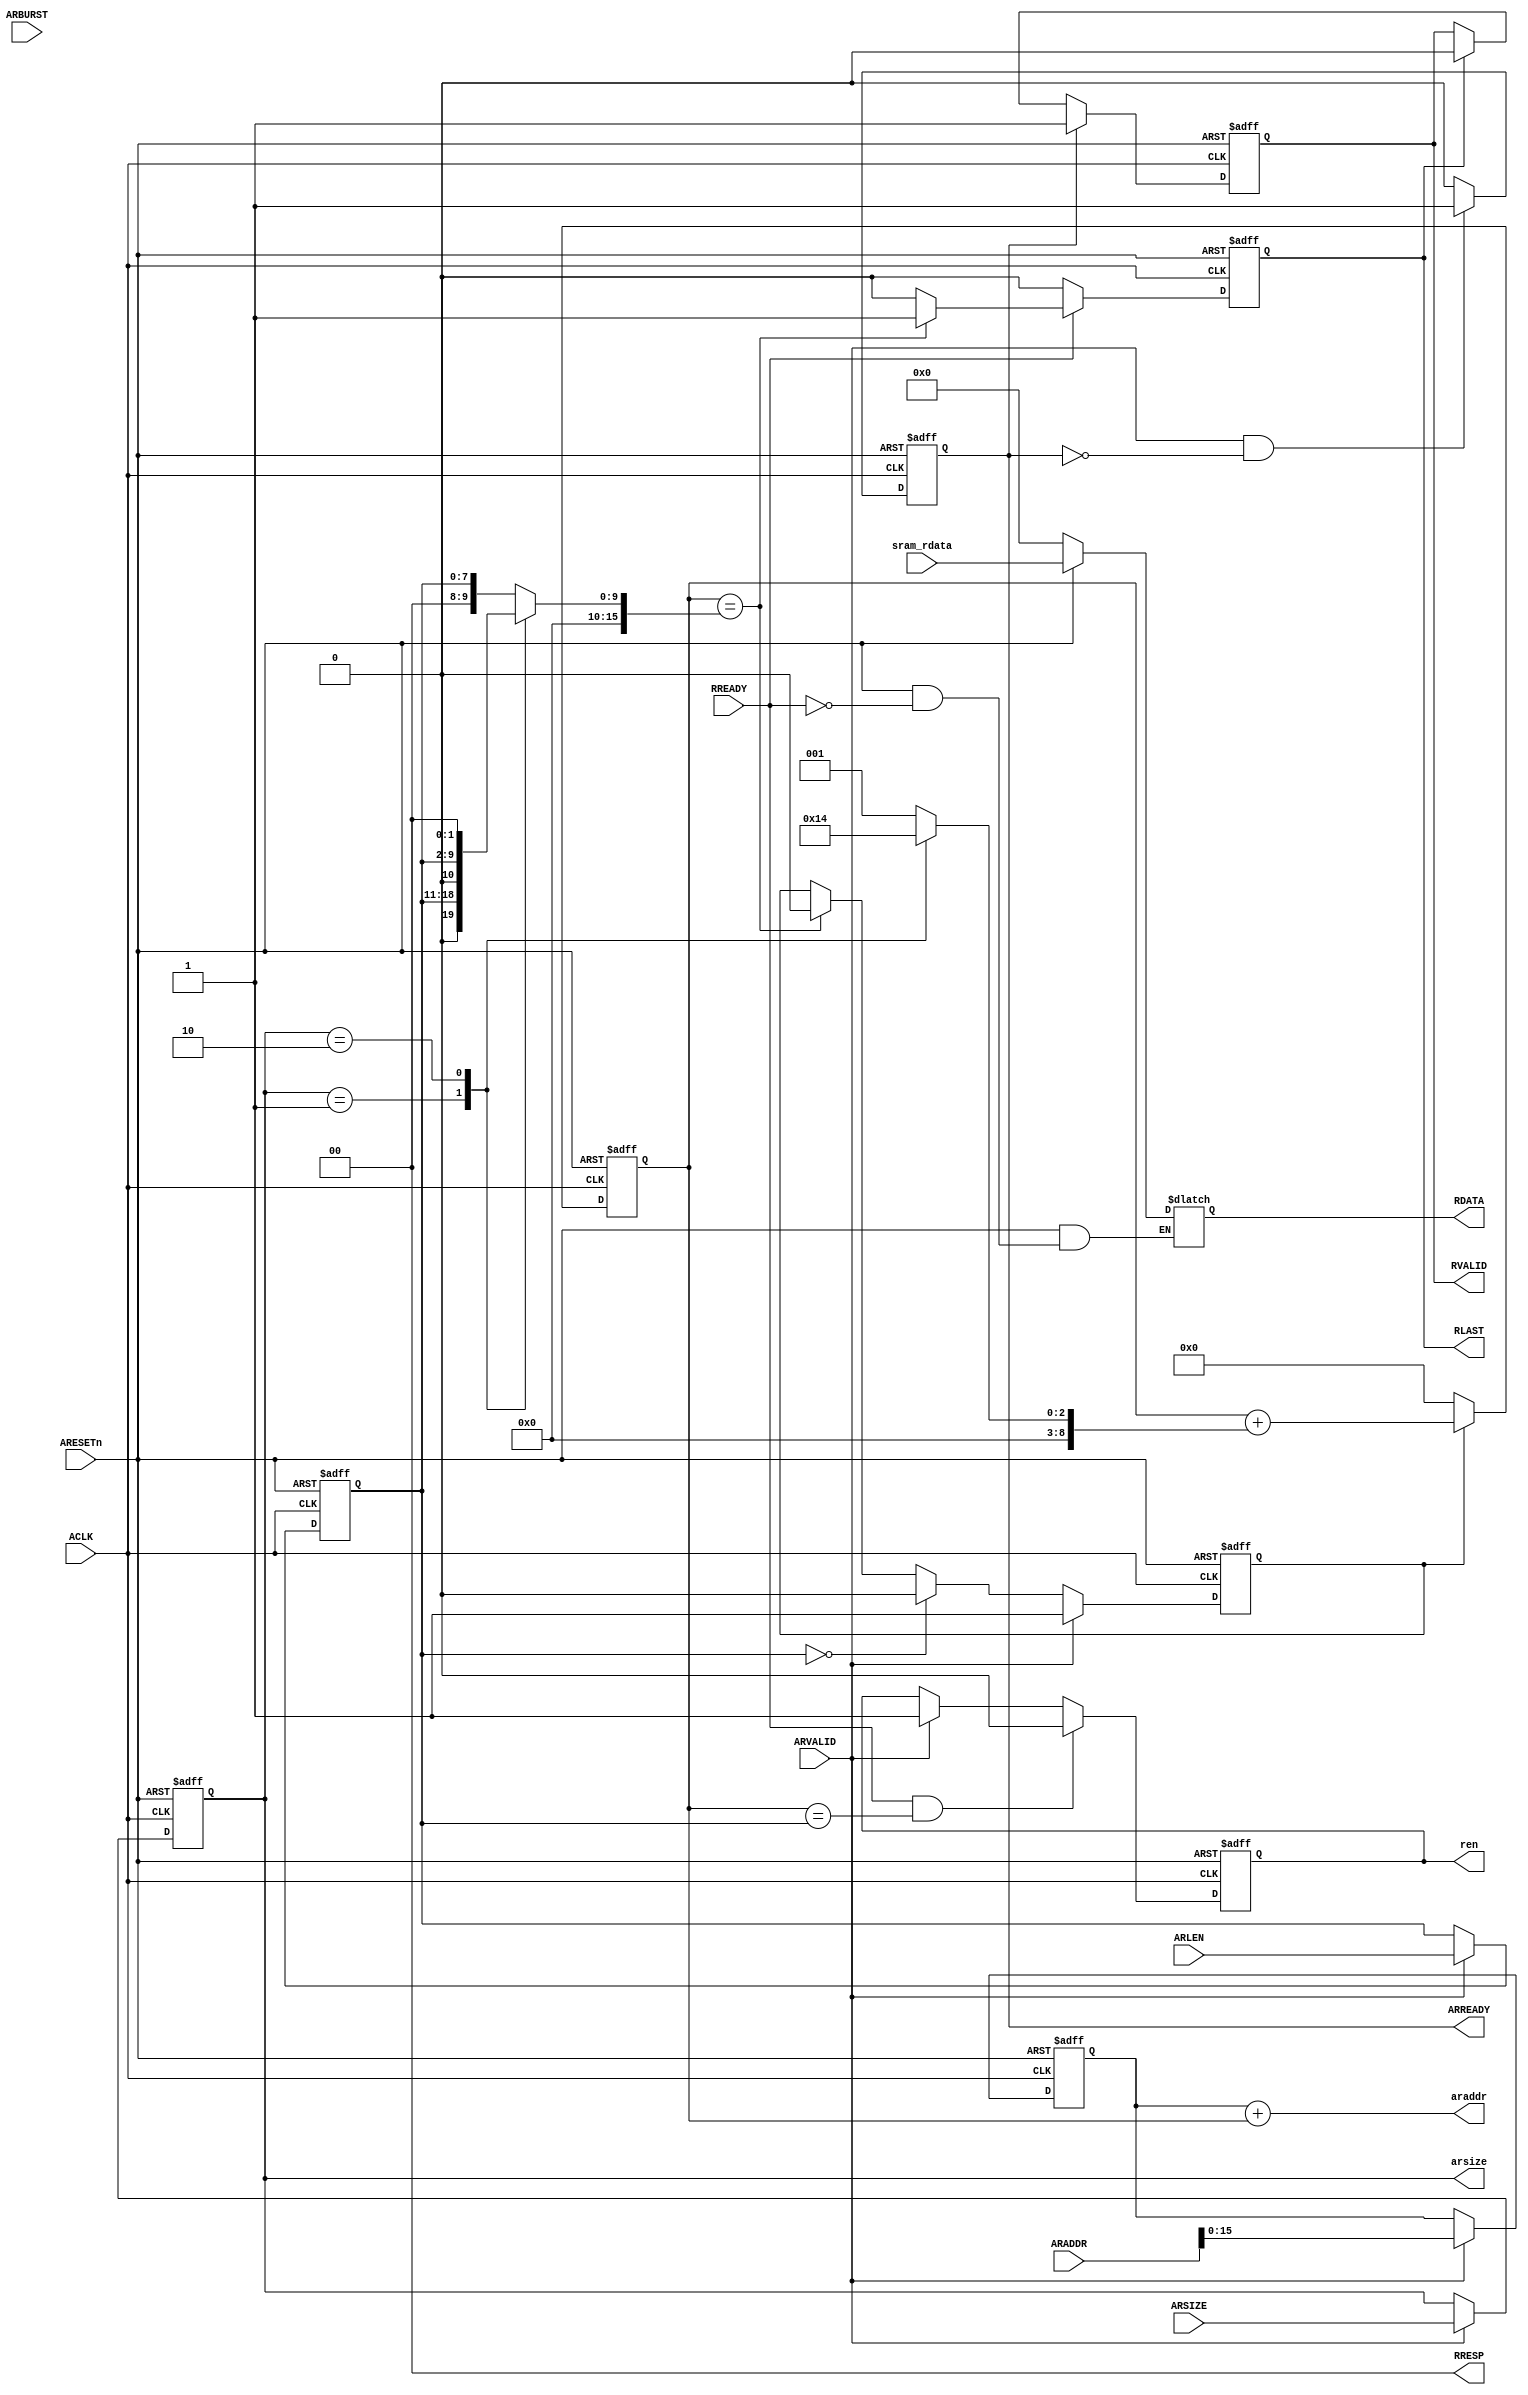
module axi_r_channel#(
    parameter DATA_WIDTH = 32,
    parameter ADDR_WIDTH = 32,
    parameter ID_WIDTH    = 4,
    parameter STRB_WIDTH  = (DATA_WIDTH/8)    //STRB位宽
)(
    /********* clock & reset *********/
	input                       ACLK,
	input      	                ARESETn,
	/******** AXI ********/
	//address                
//	input	   [ID_WIDTH-1:0]   ARID,
	input	   [ADDR_WIDTH-1:0] ARADDR,
	input	   [7:0]            ARLEN,
	input	   [2:0]	        ARSIZE,
	input	   [1:0]	        ARBURST,
	input	  	                ARVALID,
	output reg	                ARREADY,
	//data                
//	output reg [ID_WIDTH-1:0]	RID,
	output reg [DATA_WIDTH-1:0]	RDATA,
	//no single channel
	output reg [1:0]	        RRESP,
	output reg	                RLAST,
	output reg                  RVALID,
	input	 	                RREADY,
	/********** sram **********/
    input      [31:0]	        sram_rdata,
	output reg					ren,
	output reg [2:0]			arsize,
	output reg [15:0]			araddr
);  

    //=========================================================
    //常量定义
    parameter   TCO     =   0;  //寄存器延时

	//=========================================================
    //中间信号
	reg	[15:0]	araddr_start;	//起始地址
	reg	[15:0]	araddr_stop;	//终止地址（不加起始地址）
	reg	[15:0]	araddr_cnt;		//地址计数器
	reg	[8:0]	araddr_step;	//地址步进长度
	reg			araddr_cnt_flag;//地址累加标志
	reg [7:0]	arlen;			//awlen


    //======================================================================
    //握手

	//----------------------------------------------------------------------
    //ARREADY响应
	always@( posedge ACLK, negedge ARESETn)begin
		if(!ARESETn)
			ARREADY	<= #TCO 0;
		else if(ARVALID&&!ARREADY)
			ARREADY <= #TCO 1;
		else
			ARREADY	<= #TCO 0;
	end

	//----------------------------------------------------------------------
    //RVALID输出
	always@(posedge ACLK, negedge ARESETn)begin
		if(!ARESETn)
			RVALID	<= #TCO 0;
		else if(ARREADY)
			RVALID	<= #TCO 1;
		else if(RLAST)
			RVALID	<= #TCO 0;
		else
			RVALID	<= #TCO RVALID;
	end

    //======================================================================
    //参数寄存	
	always@(posedge ACLK, negedge ARESETn)begin
		if(!ARESETn)begin
			araddr_start	<= #TCO 0;
			arlen			<= #TCO 0;
			arsize			<= #TCO 0;
		end
		else if(ARVALID)begin
			araddr_start	<= #TCO ARADDR[15:0];	//起始地址寄存
			arlen			<= #TCO ARLEN;			//突发长度寄存
			arsize			<= #TCO ARSIZE;			//数据宽度寄存
		end
		else begin
			araddr_start	<= #TCO araddr_start;
			arlen			<= #TCO arlen;
			arsize			<= #TCO arsize;
		end
	end


	//----------------------------------------------------------------------
    //RLAST输出
	always@(posedge ACLK, negedge ARESETn)begin
		if(!ARESETn)
			RLAST	<= #TCO 0;
		else if(RREADY)
			if(araddr_cnt==araddr_stop)
				RLAST	<= #TCO 1;
			else
				RLAST	<= #TCO 0;
		else
			RLAST	<= #TCO 0;
	end

	//======================================================================
    //读地址累加
	//assign	araddr_step	= 2**arsize;        	//计算步进
	always@(*) begin
		case(arsize)
			3'h0:	araddr_step = 16'h1;
			3'h1:	araddr_step = 16'h2;
			3'h2:	araddr_step = 16'h4;
			default:araddr_step = 16'h1;
		endcase
	end

	//assign	araddr_stop = arlen*araddr_step;	//计算步进次数
	always@(*) begin
		case(arsize)
			3'h0:	araddr_stop = {8'h0,arlen};
			3'h1:	araddr_stop = {7'h0,arlen,1'b0};
			3'h2:	araddr_stop = {6'h0,arlen,2'b0};
			default:araddr_stop = {8'h0,arlen};
		endcase
	end

	always@(posedge ACLK, negedge ARESETn)begin
		if(!ARESETn)
			araddr_cnt_flag	<= #TCO 0;
		else if(ARVALID)
			araddr_cnt_flag	<= #TCO 1;
		else if(arlen==0)
			araddr_cnt_flag	<= #TCO 0;
		else if(araddr_cnt==araddr_stop)
			araddr_cnt_flag	<= #TCO 0;
	end

	always@(posedge ACLK, negedge ARESETn)begin
		if(!ARESETn)
			araddr_cnt	<= #TCO 0;
		else if(araddr_cnt_flag)
			araddr_cnt	<= #TCO araddr_cnt + araddr_step;
		else
			araddr_cnt	<= #TCO 0;
	end


    //======================================================================
    //输出信号
	
	//----------------------------------------------------------------------
    //使能
	always@(posedge ACLK, negedge ARESETn)begin
		if(!ARESETn)
			ren	<= #TCO 0;
		else if(RREADY&&(araddr_cnt==arlen))
			ren	<= #TCO 0;
		else if(ARVALID)
			ren	<= #TCO 1;
		else
			ren	<= #TCO ren;
	end


	//----------------------------------------------------------------------
    //读地址

	always@(*) begin
		araddr = araddr_start + araddr_cnt;
	end

//	//----------------------------------------------------------------------
//    //读数据
//	always@(posedge ACLK, negedge ARESETn)begin
//		if(!ARESETn)
//			RDATA	<= #TCO 0;
//		else if(RREADY)
//			RDATA	<= #TCO sram_rdata;
//		else
//			RDATA	<= #TCO RDATA;
//	end
	//----------------------------------------------------------------------
    //读数据
	always@(*)begin
		if(!ARESETn)
			RDATA	= #TCO 0;
		else if(RREADY)
			RDATA	= #TCO sram_rdata;
		else
			RDATA	= #TCO RDATA;
	end
	

	//======================================================================
	//其他信号

	//----------------------------------------------------------------------
    //回应
	always@(*) begin
		RRESP = 0;
	end
endmodule